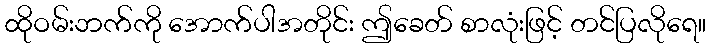
ထိုဝမ်းဘက်ကို အောက်ပါအတိုင်း ဤခေတ် စာလုံးဖြင့် တင်ပြလိုရေ။